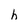
Character: h